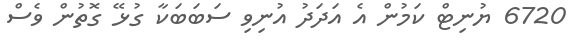
6720 ޔުނިޓް ކަމުން އެ އަދަދު އުނިވި ސަބަބަކާ ގުޅޭ ގޮތުން ވެސް